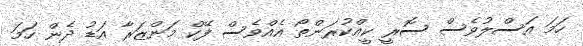
ހަމަ އަސްލުވެސް ސޮރީ ކީއްކުރަންތޯ އެއްވެސް ފޭކް މަންޒަރާ އަޑު ދެން ހަމަ